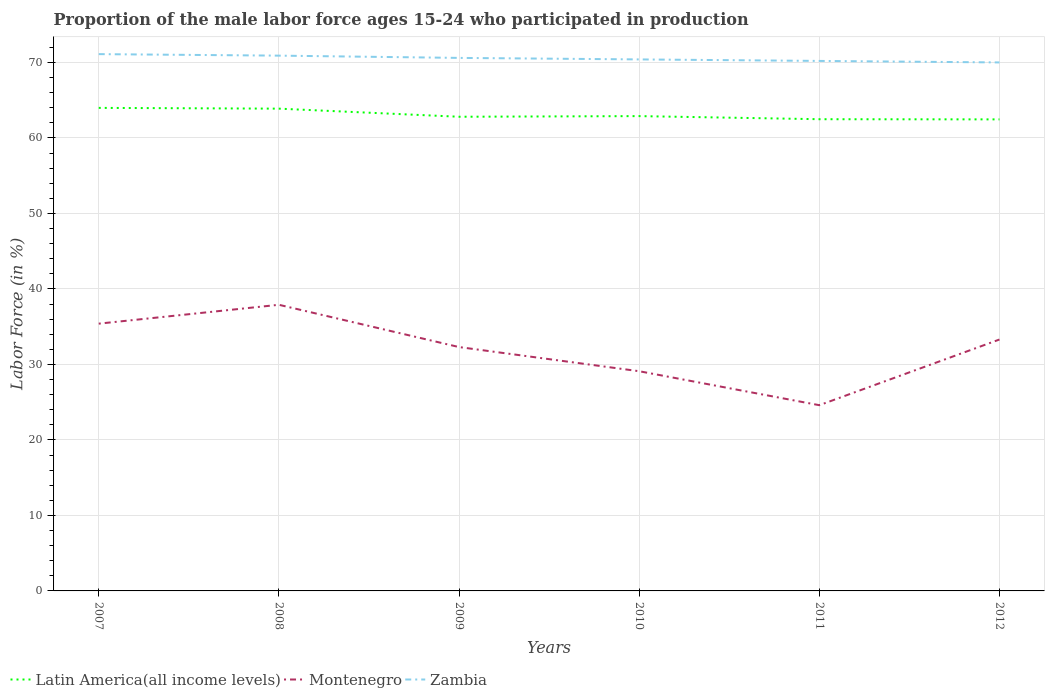
| Years | Latin America(all income levels) | Montenegro | Zambia |
 | --- | --- | --- | --- |
 | 2007 | 64 | 35.4 | 71.1 |
 | 2008 | 63.9 | 37.9 | 70.9 |
 | 2009 | 62.8 | 32.3 | 70.6 |
 | 2010 | 62.9 | 29.1 | 70.4 |
 | 2011 | 62.5 | 24.6 | 70.2 |
 | 2012 | 62.5 | 33.3 | 70 |